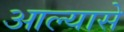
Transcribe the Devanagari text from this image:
आल्यासे